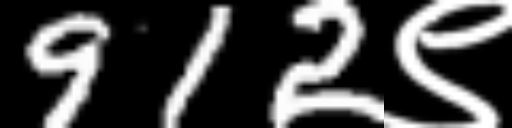
Text: 912९